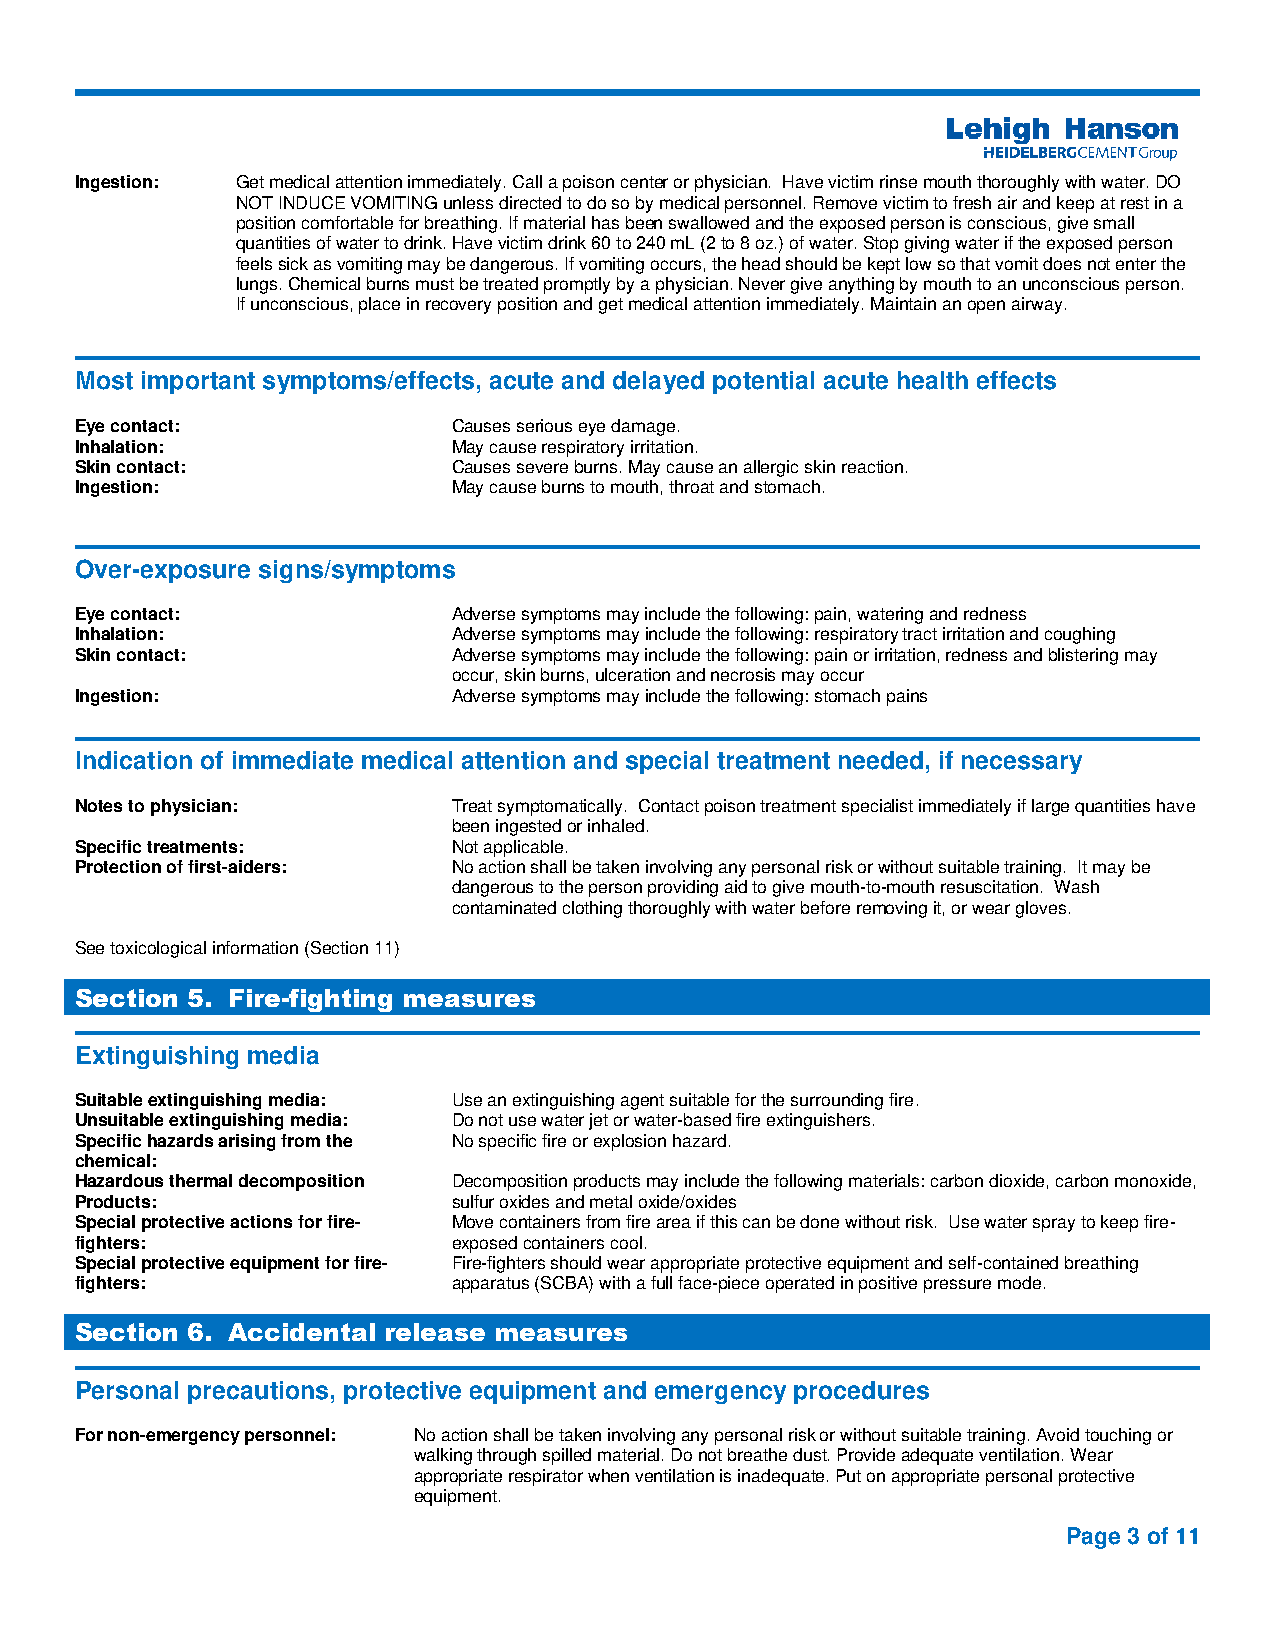
Ingestion: Get medical attention immediately. Call a poison center or physician. Have victim rinse mouth thoroughly with water. DO
 NOT INDUCE VOMITING unless directed to do so by medical personnel. Remove victim to fresh air and keep at rest in a
 position comfortable for breathing. If material has been swallowed and the exposed person is conscious, give small
 quantities of water to drink. Have victim drink 60 to 240 mL (2 to 8 oz.) of water. Stop giving water if the exposed person
 feels sick as vomiting may be dangerous. If vomiting occurs, the head should be kept low so that vomit does not enter the
 lungs. Chemical burns must be treated promptly by a physician. Never give anything by mouth to an unconscious person.
 If unconscious, place in recovery position and get medical attention immediately. Maintain an open airway.
 Most important symptoms/effects, acute and delayed potential acute health effects
 Eye contact:             Causes serious eye damage.
 Inhalation:              May cause respiratory irritation.
 Skin contact:            Causes severe burns. May cause an allergic skin reaction.
 Ingestion:               May cause burns to mouth, throat and stomach.
 Over-exposure signs/symptoms
 Eye contact:             Adverse symptoms may include the following: pain, watering and redness
 Inhalation:              Adverse symptoms may include the following: respiratory tract irritation and coughing
 Skin contact:            Adverse symptoms may include the following: pain or irritation, redness and blistering may
 occur, skin burns, ulceration and necrosis may occur
 Ingestion:               Adverse symptoms may include the following: stomach pains
 Indication of immediate medical attention and special treatment needed, if necessary
 Notes to physician:      Treat symptomatically. Contact poison treatment specialist immediately if large quantities have
 been ingested or inhaled.
 Specific treatments:     Not applicable.
 Protection of first-aiders: No action shall be taken involving any personal risk or without suitable training. It may be
 dangerous to the person providing aid to give mouth-to-mouth resuscitation. Wash
 contaminated clothing thoroughly with water before removing it, or wear gloves.
 See toxicological information (Section 11)
 Section 5. Fire-fighting measures
 Extinguishing media
 Suitable extinguishing media: Use an extinguishing agent suitable for the surrounding fire.
 Unsuitable extinguishing media: Do not use water jet or water-based fire extinguishers.
 Specific hazards arising from the No specific fire or explosion hazard.
 chemical:
 Hazardous thermal decomposition Decomposition products may include the following materials: carbon dioxide, carbon monoxide,
 Products:                sulfur oxides and metal oxide/oxides
 Special protective actions for fire- Move containers from fire area if this can be done without risk. Use water spray to keep fire-
 fighters:                exposed containers cool.
 Special protective equipment for fire- Fire-fighters should wear appropriate protective equipment and self-contained breathing
 fighters:                apparatus (SCBA) with a full face-piece operated in positive pressure mode.
 Section 6. Accidental release measures
 Personal precautions, protective equipment and emergency procedures
 For non-emergency personnel: No action shall be taken involving any personal risk or without suitable training. Avoid touching or
 walking through spilled material. Do not breathe dust. Provide adequate ventilation. Wear
 appropriate respirator when ventilation is inadequate. Put on appropriate personal protective
 equipment.
 Page 3 of 11